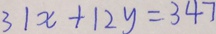
3 1 x + 1 2 y = 3 4 7